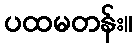
ပထမတန်း။